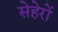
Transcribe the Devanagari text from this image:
सेहेरों